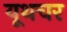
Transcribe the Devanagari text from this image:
यूथचर